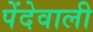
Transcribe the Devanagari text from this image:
पेंदेवाली